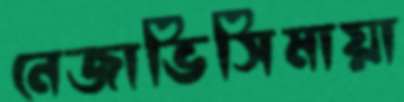
নেজাভিসিমায়া